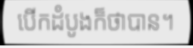
បើកដំបូងក៏ថាបាន។